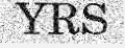
YRS